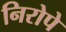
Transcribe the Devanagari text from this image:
निरोपे